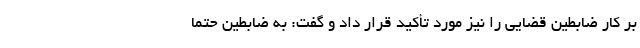
بر کار ضابطین قضایی را نیز مورد تأکید قرار داد و گفت: به ضابطین حتماً